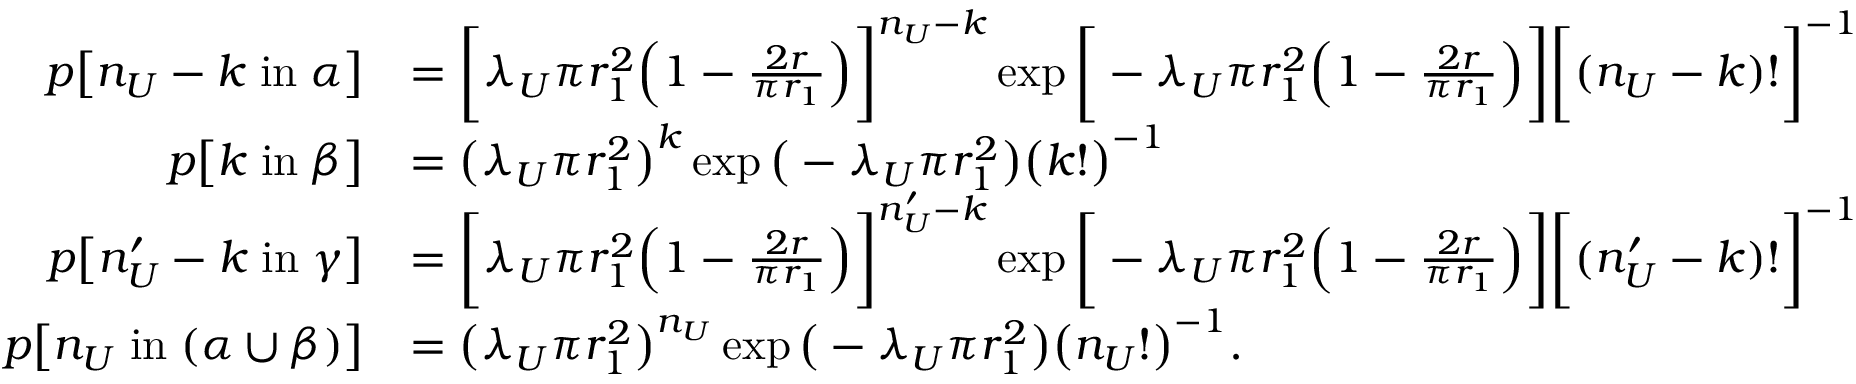
\begin{array} { r l } { p \big [ n _ { U } - k \; \mathrm { i n } \; \alpha \big ] } & { = \bigg [ \lambda _ { U } \pi r _ { 1 } ^ { 2 } \Big ( 1 - \frac { 2 r } { \pi r _ { 1 } } \Big ) \bigg ] ^ { n _ { U } - k } \exp \bigg [ - \lambda _ { U } \pi r _ { 1 } ^ { 2 } \Big ( 1 - \frac { 2 r } { \pi r _ { 1 } } \Big ) \bigg ] \bigg [ ( n _ { U } - k ) ! \bigg ] ^ { - 1 } } \\ { p \big [ k \; \mathrm { i n } \; \beta \big ] } & { = \big ( \lambda _ { U } \pi r _ { 1 } ^ { 2 } \big ) ^ { k } \exp \big ( - \lambda _ { U } \pi r _ { 1 } ^ { 2 } \big ) \big ( k ! \big ) ^ { - 1 } } \\ { p \big [ n _ { U } ^ { \prime } - k \; \mathrm { i n } \; \gamma \big ] } & { = \bigg [ \lambda _ { U } \pi r _ { 1 } ^ { 2 } \Big ( 1 - \frac { 2 r } { \pi r _ { 1 } } \Big ) \bigg ] ^ { n _ { U } ^ { \prime } - k } \exp \bigg [ - \lambda _ { U } \pi r _ { 1 } ^ { 2 } \Big ( 1 - \frac { 2 r } { \pi r _ { 1 } } \Big ) \bigg ] \bigg [ ( n _ { U } ^ { \prime } - k ) ! \bigg ] ^ { - 1 } } \\ { p \big [ n _ { U } \; \mathrm { i n } \; ( \alpha \cup \beta ) \big ] } & { = \big ( \lambda _ { U } \pi r _ { 1 } ^ { 2 } \big ) ^ { n _ { U } } \exp \big ( - \lambda _ { U } \pi r _ { 1 } ^ { 2 } \big ) \big ( n _ { U } ! \big ) ^ { - 1 } . } \end{array}